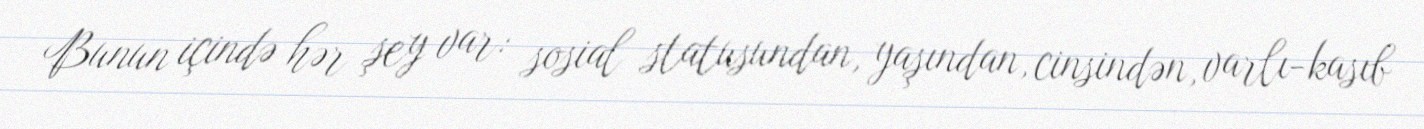
Bunun içində hər şey var: sosial statusundan, yaşından, cinsindən, varlı-kasıb